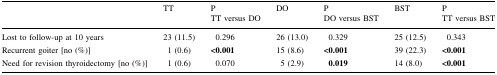
<table><thead><tr><td></td><td><b>TT</b></td><td><b>PTT versus DO</b></td><td><b>DO</b></td><td><b>PDO versus BST</b></td><td><b>BST</b></td><td><b>PTT versus BST</b></td></tr></thead><tbody><tr><td>Lost to follow-up at 10 years</td><td>23 (11.5)</td><td>0.296</td><td>26 (13.0)</td><td>0.329</td><td>25 (12.5)</td><td>0.343</td></tr><tr><td>Recurrent goiter [no (%)]</td><td>1 (0.6)</td><td><b>&lt;0.001</b></td><td>15 (8.6)</td><td><b>&lt;0.001</b></td><td>39 (22.3)</td><td><b>&lt;0.001</b></td></tr><tr><td>Need for revision thyroidectomy [no (%)]</td><td>1 (0.6)</td><td>0.070</td><td>5 (2.9)</td><td><b>0.019</b></td><td>14 (8.0)</td><td><b>&lt;0.001</b></td></tr></tbody></table>